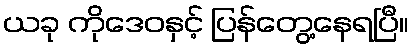
ယခု ကိုဒေဝနှင့် ပြန်တွေ့နေရပြီ။